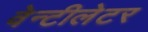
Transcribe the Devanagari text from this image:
वेन्टीलेटर